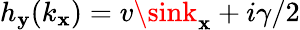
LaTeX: h_{\mathbf{y}}(k_{\mathbf{x}})=v\sink_{\mathbf{x}}+i\gamma/2